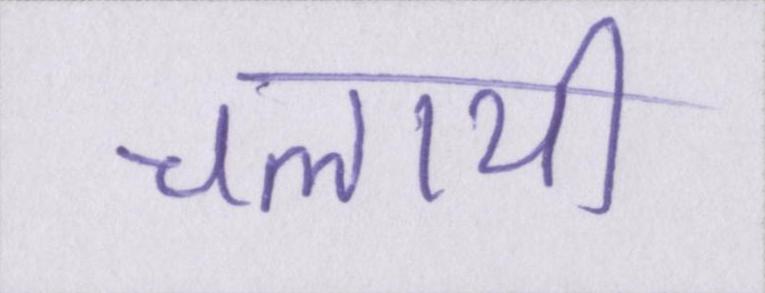
चलायी